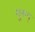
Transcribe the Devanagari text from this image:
गुरुन्